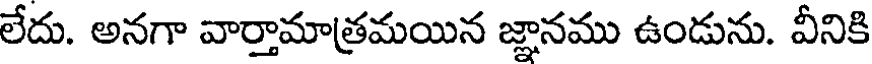
లేదు. అనగా వార్తామాత్రమయిన జ్ఞానము ఉండును. వీనికి